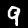
Digit: 9